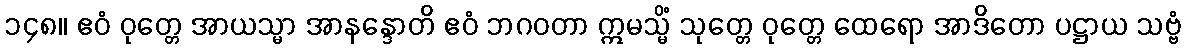
၁၄၈။ ဧဝံ ဝုတ္တေ အာယသ္မာ အာနန္ဒောတိ ဧဝံ ဘဂဝတာ ဣမသ္မိံ သုတ္တေ ဝုတ္တေ ထေရော အာဒိတော ပဋ္ဌာယ သဗ္ဗံ